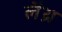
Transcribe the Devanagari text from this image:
लैथ्र